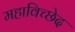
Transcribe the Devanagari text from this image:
महाविच्छेद